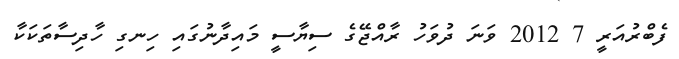
ފެބްރުއަރީ 7 2012 ވަނަ ދުވަހު ރާއްޖޭގެ ސިޔާސީ މައިދާނުގައި ހިނގި ހާދިސާތަކަކާ